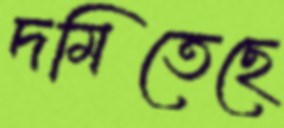
দমিতেছে